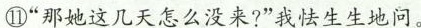
⑩”那她这几天怎么没来?”我怯生生地问。